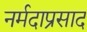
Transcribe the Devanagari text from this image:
नर्मदाप्रसाद